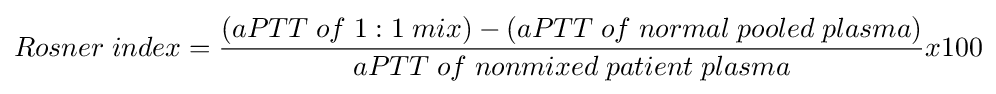
Rosner\;index={\frac {(aPTT\;of\;1:1\;mix)-(aPTT\;of\;normal\;pooled\;plasma)}{aPTT\;of\;nonmixed\;patient\;plasma}}x100